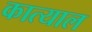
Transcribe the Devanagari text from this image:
कात्याल